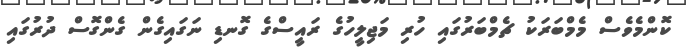
ކޮންމެވެސް މެމްބަރަކު ޗެމްބަރުގައި ހުރި މަޖިލީހުގެ ރައީސްގެ ގޮނޑި ނަގައިގެން ގެންގޮސް ދުރުގައި